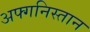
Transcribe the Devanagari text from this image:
अफ्गनिस्तान